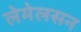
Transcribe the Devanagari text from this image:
लेमेलसन